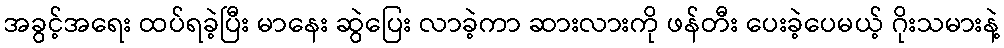
အခွင့်အရေး ထပ်ရခဲ့ပြီး မာနေး ဆွဲပြေး လာခဲ့ကာ ဆားလားကို ဖန်တီး ပေးခဲ့ပေမယ့် ဂိုးသမားနဲ့